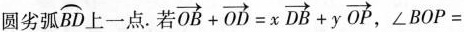
圆劣弧\widehat{BD}上一点.若 $$\overrightarrow{OB}+ \overrightarrow{OD}=x \overrightarrow{DB}+y \overrightarrow{OP}$$, \angle BOP=